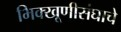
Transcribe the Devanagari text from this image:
भिक्खूणीसंघाचे